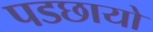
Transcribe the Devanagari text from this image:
पडछायो